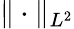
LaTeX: \| \cdot\| _{L^{2}}